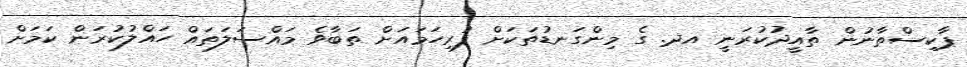
ޕާކިސްތާނުން ތާއީދުކުރަނީ އދ. ގެ މިންގަނޑުތަކަށް ފުރިހަމައަށް ތަބާވެ މައްސަލަތައް ހައްލުކުރަން ކަމަށް